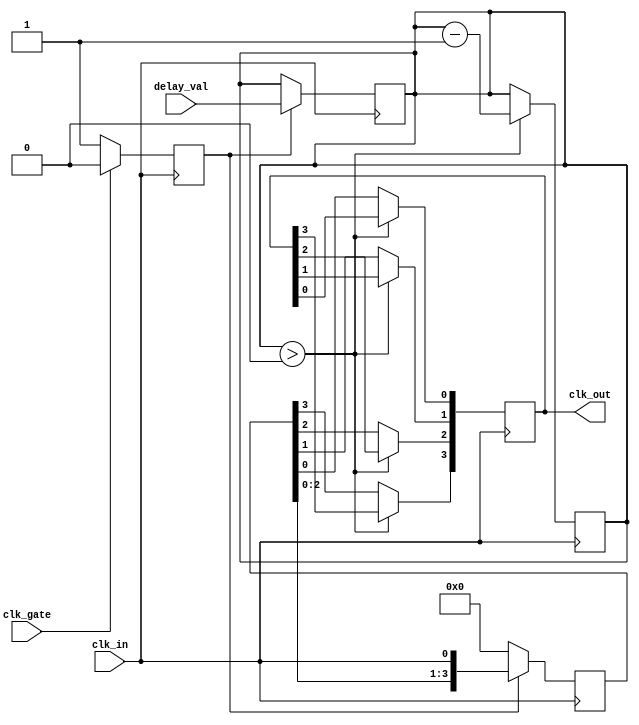
module ClockTreeBuffer #(
    parameter NUM_OUTPUTS = 4,               // Number of output clocks
    parameter DELAY_WIDTH = 4,                // Width of programmable delay (in clock cycles)
    parameter DRIVE_STRENGTH = 4               // Drive strength levels
)(
    input wire clk_in,                         // Input clock signal
    input wire clk_gate,                       // Clock gating control
    input wire [DELAY_WIDTH-1:0] delay_val,   // Programmable delay value
    output reg [NUM_OUTPUTS-1:0] clk_out      // Output clock signals
);

    reg [NUM_OUTPUTS-1:0] clk_out_temp;       // Temporary output clocks
    reg [DELAY_WIDTH-1:0] delay_counter;       // Delay counter
    reg enable;                                 // Enable signal for clock output

    // Drive Strength Control (simplified example using buffer strength)
    generate
        genvar i;
        for (i = 0; i < NUM_OUTPUTS; i = i + 1) begin : drive_strength
            if (DRIVE_STRENGTH == 1) begin
                assign clk_out[i] = clk_out_temp[i];
            end else if (DRIVE_STRENGTH == 2) begin
                assign clk_out[i] = clk_out_temp[i] & ~clk_gate;  // Example of drive strength variation
            end
            // Additional cases for different drive strengths can be implemented here
        end
    endgenerate

    // Clock gating logic
    always @ (posedge clk_in) begin
        if (clk_gate) begin
            enable <= 0; // Disable clock output when gated
        end else begin
            enable <= 1; // Enable clock output
        end
    end

    // Clock distribution and programmable delay
    always @ (posedge clk_in) begin
        if (enable) begin
            // Load the delay counter with the programmed value
            delay_counter <= delay_val;

            // Generate clock outputs with skew minimization
            clk_out_temp <= {clk_out_temp[NUM_OUTPUTS-2:0], clk_in};  // Simple clock propagation
        end else begin
            clk_out_temp <= {NUM_OUTPUTS{1'b0}}; // Disable output if gated
        end
    end

    // Apply programmable delay to outputs
    integer j;
    always @(posedge clk_in) begin
        for (j = 0; j < NUM_OUTPUTS; j = j + 1) begin
            if (delay_counter > 0) begin
                delay_counter <= delay_counter - 1; // Count down delay
            end else begin
                clk_out[j] <= clk_out_temp[j]; // Release clock to output after delay
            end
        end
    end

endmodule